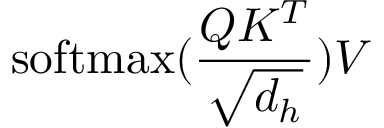
\mathrm { s o f t m a x } ( \frac { Q K ^ { T } } { \sqrt { d _ { h } } } ) V